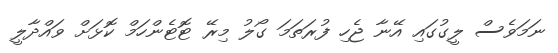
ނަމަވެސް ލީގުގައި އޭނާ ޖެހި ފުރަތަމަ ގޯލު މިރޭ ޓޮޓެންހަމް ކޮޅަށް ވައްދާލީ